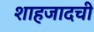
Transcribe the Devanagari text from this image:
शाहजादची